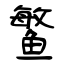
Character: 鳘